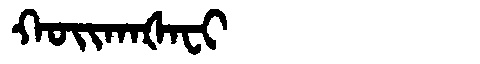
Manchu: ᡴᠣᡳᡴᠠᡧᠠᠸᡳ
Romanization: KOIKAŠAFI